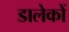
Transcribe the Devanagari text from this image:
डालेकों